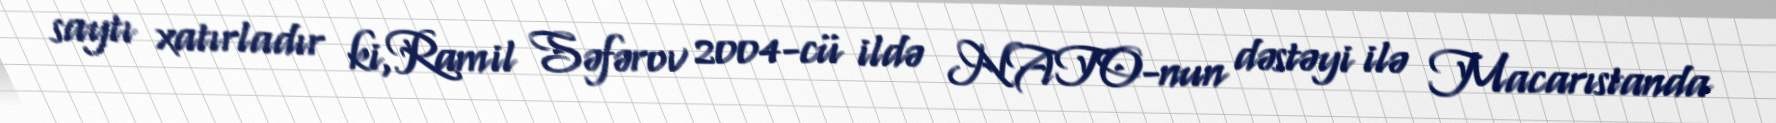
saytı xatırladır ki,Ramil Səfərov 2004-cü ildə NATO-nun dəstəyi ilə Macarıstanda